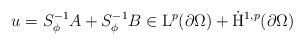
LaTeX: \begin{align*} u = S_{\phi}^{-1}A+S_{\phi}^{-1}B\in \mathrm{L}^{p}(\partial\Omega)+\dot{\mathrm{H}}^{1,p}(\partial\Omega)\end{align*}